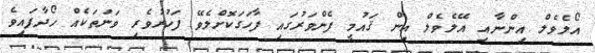
އޯލެވެލް އިންނާއި އޭލެވެލް އިން ޤައުމީ ފެންވަރުގައި ފާހަގަކޮށްލެވޭ ފަހުރުވެރި ވަނަތަކެއް ހޯދާފައިވެ